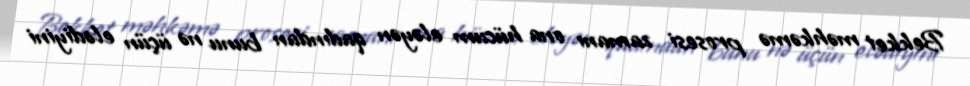
Bekket məhkəmə prosesi zamanı ona hücum eləyən qadından bunu nə üçün elədiyini